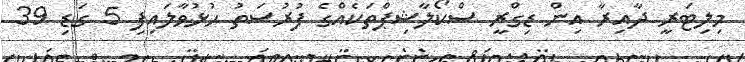
މިލިޓަރީ ދާއިރާ އިން ޑިގްރީ ސްކޯލާޝިޕްތަކެއްގެ ފުރުސަތު ހުޅުވާލައިފި 5 ގަޑި 39